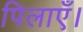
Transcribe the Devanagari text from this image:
पिलाएँ।